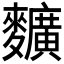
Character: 𪍿